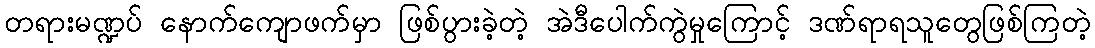
တရားမဏ္ဍပ် နောက်ကျောဖက်မှာ ဖြစ်ပွားခဲ့တဲ့ အဲဒီပေါက်ကွဲမှုကြောင့် ဒဏ်ရာရသူတွေဖြစ်ကြတဲ့